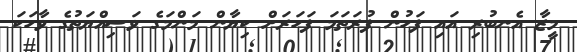
މީޒާ އެނބުރި އައި ފަހުން ފުރަތަމަ ފަހަރަށް ކިޔާން މަންމަގެ ވަސިއްޔަތުގެ ވާހަކަ